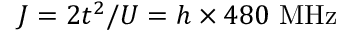
J = 2 t ^ { 2 } / U = h \times 4 8 0 ~ \mathrm { M H z }